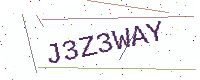
Text: J3Z3WAY